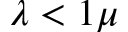
\lambda < 1 \mu